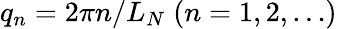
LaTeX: q_{n}=2\pi n/L_{N}\; (n=1,2,\ldots)